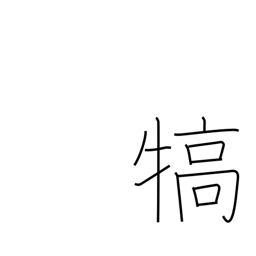
Meaning: reward